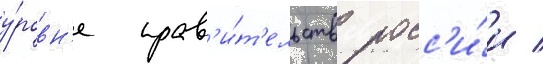
у́ровн'е прав'и́т'ельств росс'и́и /